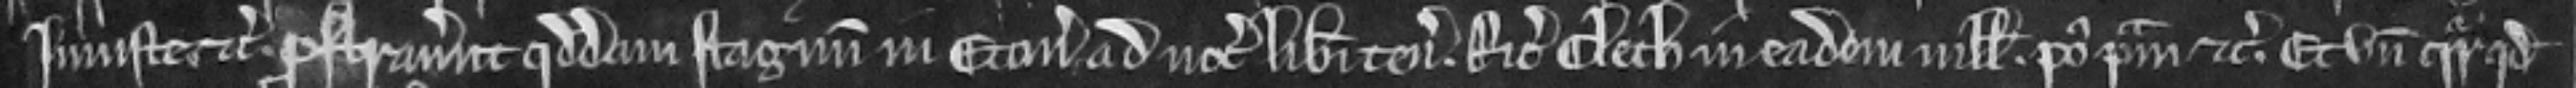
Injuste etc. prostraverunt quoddam stagnum in Eton ad nocumentum liberi tenementi Ricardi Clech in eadem villa post primam etc. Et unde queritur quod